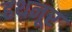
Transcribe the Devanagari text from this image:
हथनूर